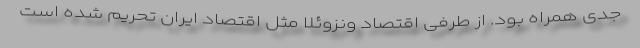
جدی همراه بود. از طرفی اقتصاد ونزوئلا مثل اقتصاد ایران تحریم شده است